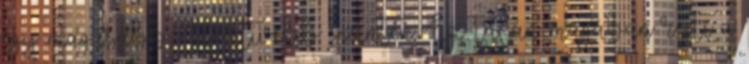
egy magasabb, effektívebb szinten. Ez talán magában rejti a